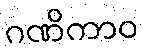
ဂဏိကာဝ